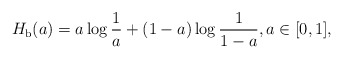
\begin{align*}H_\textnormal{b}(a) = a\log\frac{1}{a} + (1-a)\log\frac{1}{1-a},a\in[0,1],\end{align*}